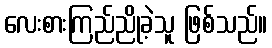
လေးစားကြည်ညိုခဲ့သူ ဖြစ်သည်။